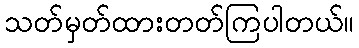
သတ်မှတ်ထားတတ်ကြပါတယ်။